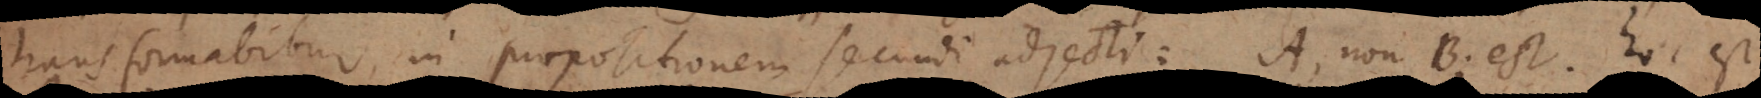
transformabitur in propositionem secundi adjecti: A, non‐B; est, hoc est